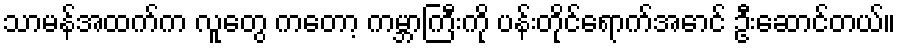
သာမန်အထက်က လူတွေ ကတော့ ကမ္ဘာကြီးကို ပန်းတိုင်ရောက်အောင် ဦးဆောင်တယ်။